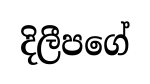
දිලීපගේ